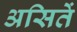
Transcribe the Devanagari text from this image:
असितें